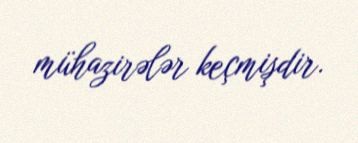
mühazirələr keçmişdir.